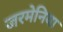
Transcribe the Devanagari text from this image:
जरमेनिया